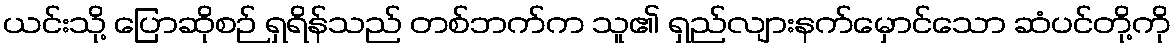
ယင်းသို့ ပြောဆိုစဉ် ရှရိန်သည် တစ်ဘက်က သူ၏ ရှည်လျားနက်မှောင်သော ဆံပင်တို့ကို